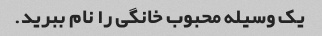
یک وسیله محبوب خانگی را نام ببرید.